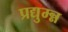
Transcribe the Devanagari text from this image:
प्रद्युम्न्न